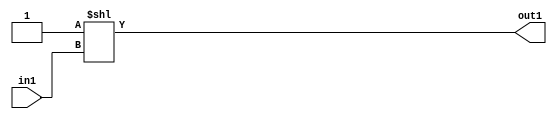
`timescale 1ps / 1ps
/*****************************************************************************
    Verilog RTL Description
    
    
    Created by: CellMath Designer 2019.1.01 
*******************************************************************************/

module sfu_out_buff_DECODE_2U_10_4 (
	in1,
	out1
	); /* architecture "behavioural" */ 
input  in1;
output [1:0] out1;
wire [1:0] asc001;

assign asc001 = 2'B01 << in1;

assign out1 = asc001;
endmodule

/* CADENCE  urb3QwE= : u9/ySgnWtBlWxVPRXgAZ4Og= ** DO NOT EDIT THIS LINE ******/